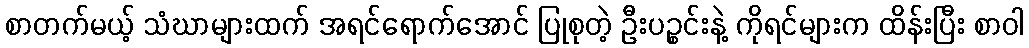
စာတက်မယ့် သံဃာများထက် အရင်ရောက်အောင် ပြုစုတဲ့ ဦးပဉ္စင်းနဲ့ ကိုရင်များက ထိန်းပြီး စာဝါ